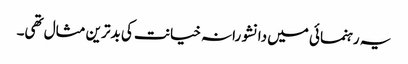
یہ رہنمائی میں دانشورانہ خیانت کی بدترین مثال تھی۔